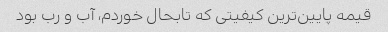
قیمه پایین‌ترین کیفیتی که تابحال خوردم، آب و رب بود